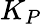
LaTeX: K_{P}